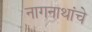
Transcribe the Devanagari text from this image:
नागनाथांचे